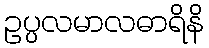
ဥပ္ပလမာလဓာရိနိ